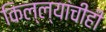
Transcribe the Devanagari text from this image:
किल्ल्यांचीही